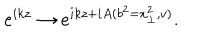
e ^ { i k z } \rightarrow e ^ { i k z + i A ( b ^ { 2 } = x _ { \perp } ^ { 2 } , v ) } .